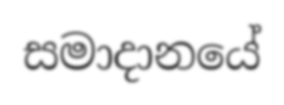
සමාදානයේ